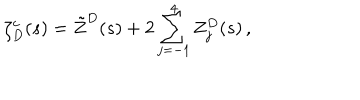
\zeta _ { D } ^ { c } ( s ) = \tilde { Z } ^ { D } ( s ) + 2 \sum _ { j = - 1 } ^ { 4 } Z _ { j } ^ { D } ( s ) \, { , }